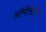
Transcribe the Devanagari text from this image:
ऑथोरिटीचे